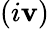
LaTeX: (i\mathbf{v})